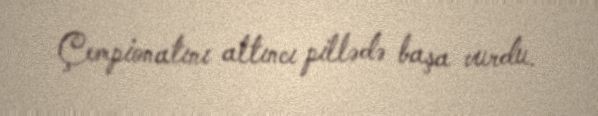
Çempionatını altıncı pillədə başa vurdu.